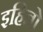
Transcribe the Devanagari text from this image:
इहितो